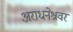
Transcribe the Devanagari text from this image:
अराधनेश्रवर